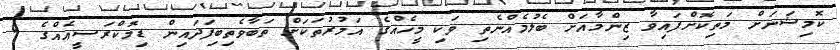
ކޮމިޝަނަށް މަތިކޮށްފައިވާ ޒިންމާއަށް ބެލުމެއްނެތި ވަކި މީހެއްގެ އަމުރުތަކަށް ތަބާވެތިބިފަދައިން ޑިމޮކްރަސީއެއްގެ 4